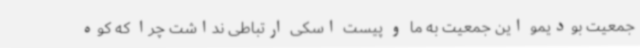
جمعیت بودیمو این جمعیت به ما و پیست اسکی ارتباطی نداشت چرا که کوه